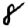
Digit: 8